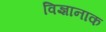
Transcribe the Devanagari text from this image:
विज्ञानाक